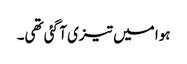
ہوا میں تیزی آ گئی تھی۔